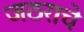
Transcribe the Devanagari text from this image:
जठराचे